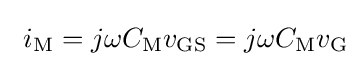
\ i_{\mathrm {M} }=j\omega C_{\mathrm {M} }v_{\mathrm {GS} }=j\omega C_{\mathrm {M} }v_{\mathrm {G} }